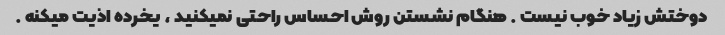
دوختش زیاد خوب نیست . هنگام نشستن روش احساس راحتی نمیکنید ، یخرده اذیت میکنه .